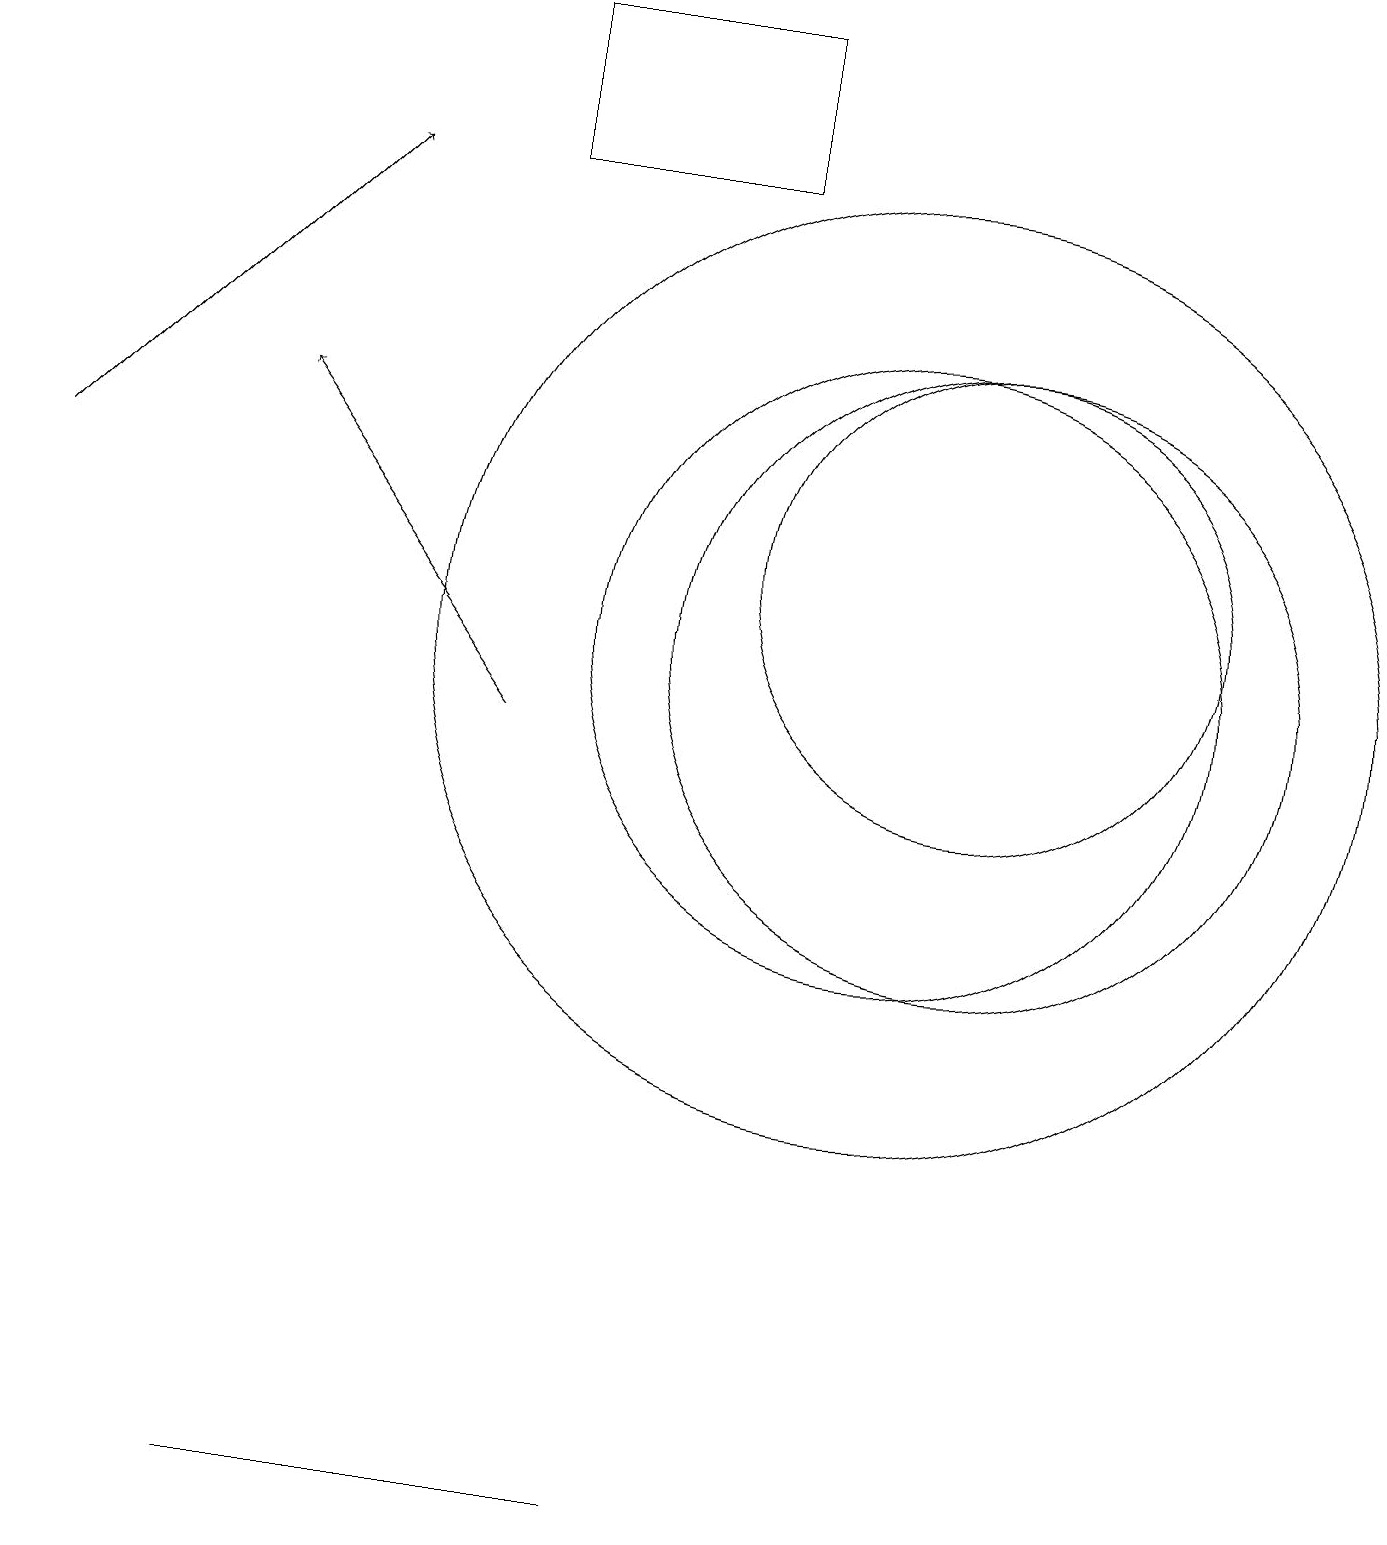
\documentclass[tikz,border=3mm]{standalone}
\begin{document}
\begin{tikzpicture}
\draw (8,0) -- (3,0) -- (3,0) -- cycle;
\draw[->] (0,13) -- (4,17);
\draw (11,11) circle (4);
\draw (11,11) circle (6);
\draw (12,11) circle (4);
\draw (9,17) rectangle (6,19);
\draw (12,12) circle (3);
\draw[->] (6,10) -- (3,14);
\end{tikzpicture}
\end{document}